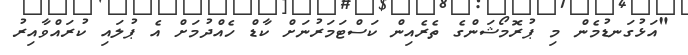
"އަޅުގަނޑުމެން މި ޕުރޮމޯޝަންގެ ތެރެއިން ކަސްޓަމަރުނަށް ކާޑް ހެއްދުމަށް އެ ޕުލައި ކުރައްވާއިރު